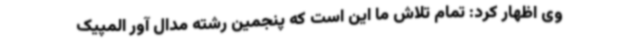
وی اظهار کرد: تمام تلاش ما این است که پنجمین رشته مدال آور المپیک